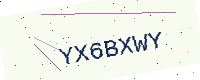
Text: YX6BXWY